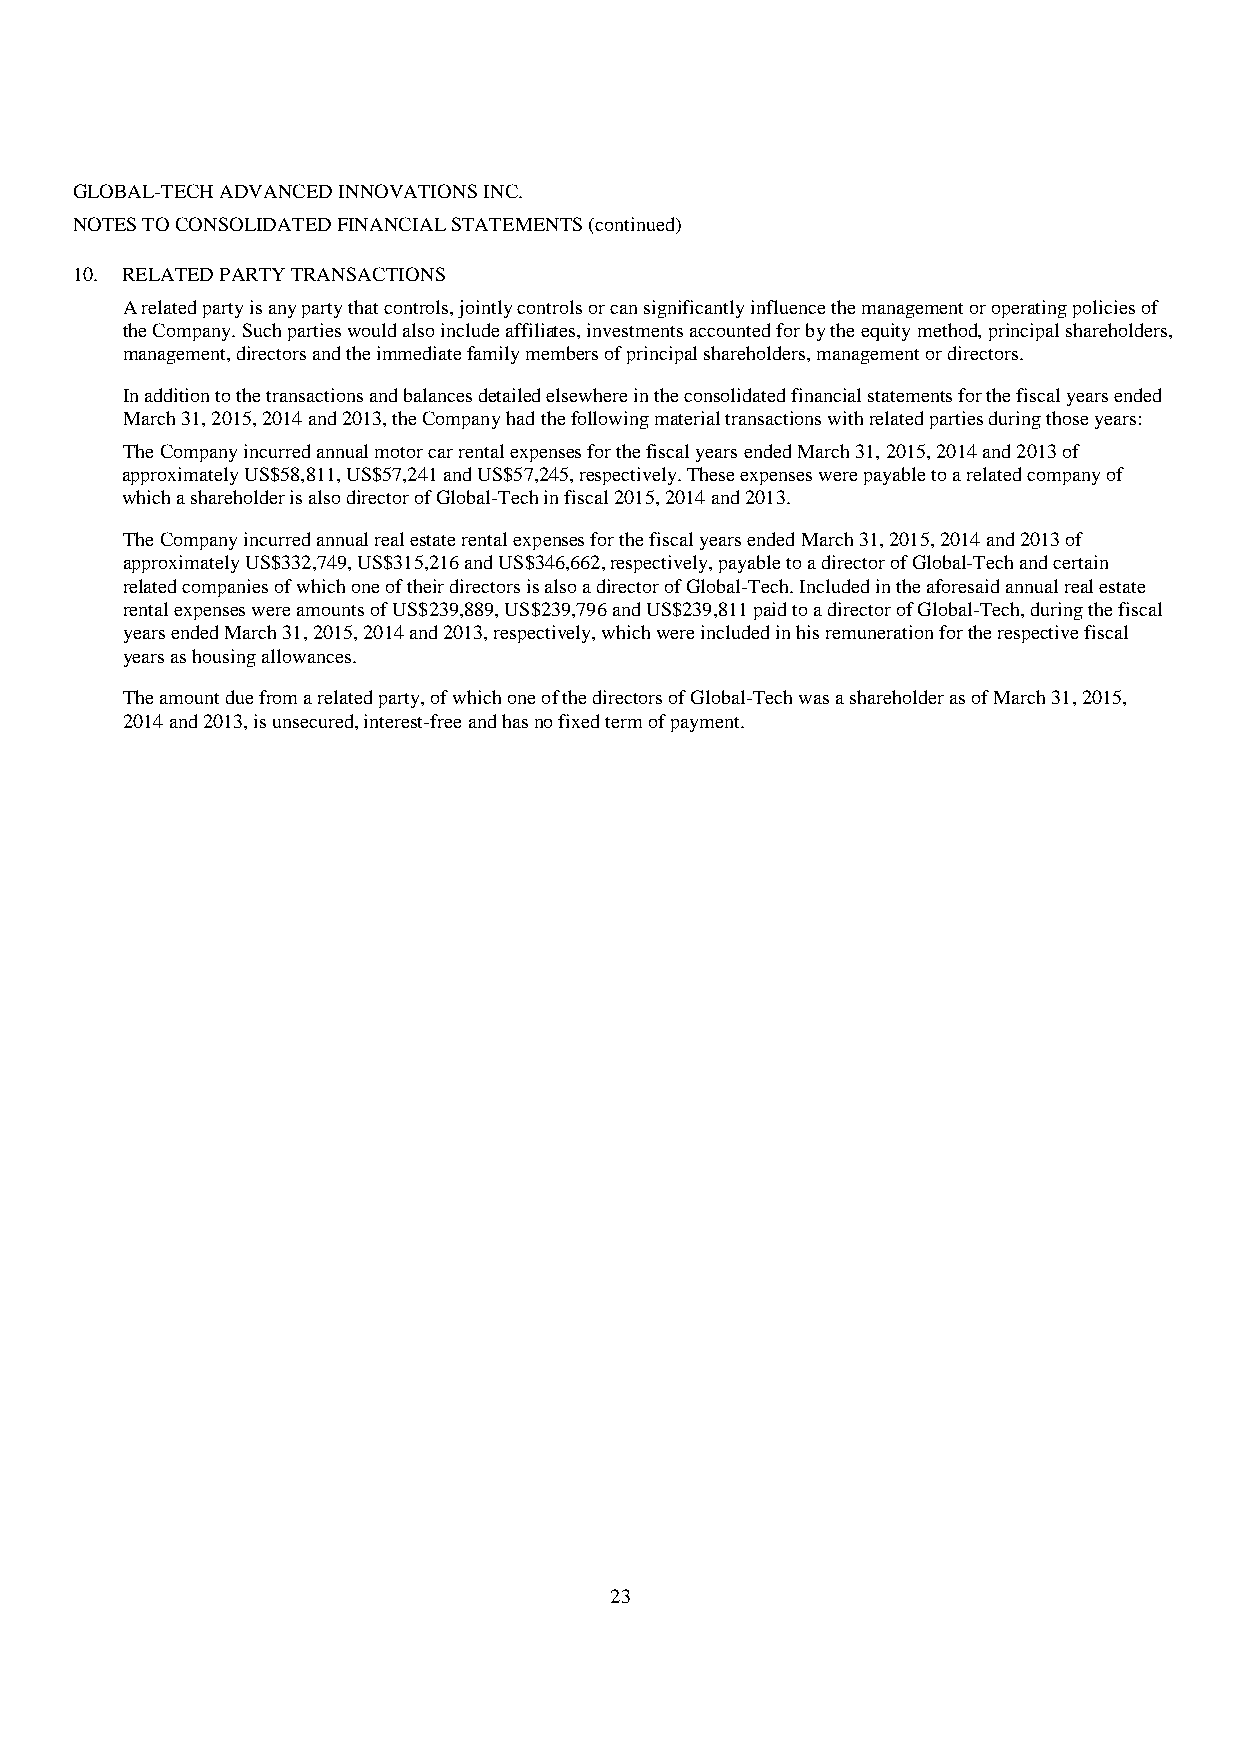
GLOBAL-TECH ADVANCED INNOVATIONS INC.
 NOTES TO CONSOLIDATED FINANCIAL STATEMENTS (continued)
 10. RELATED PARTY TRANSACTIONS
 A related party is any party that controls, jointly controls or can significantly influence the management or operating policies of
 the Company. Such parties would also include affiliates, investments accounted for by the equity method, principal shareholders,
 management, directors and the immediate family members of principal shareholders, management or directors.
 In addition to the transactions and balances detailed elsewhere in the consolidated financial statements for the fiscal years ended
 March 31, 2015, 2014 and 2013, the Company had the following material transactions with related parties during those years:
 The Company incurred annual motor car rental expenses for the fiscal years ended March 31, 2015, 2014 and 2013 of
 approximately US$58,811, US$57,241 and US$57,245, respectively. These expenses were payable to a related company of
 which a shareholder is also director of Global-Tech in fiscal 2015, 2014 and 2013.
 The Company incurred annual real estate rental expenses for the fiscal years ended March 31, 2015, 2014 and 2013 of
 approximately US$332,749, US$315,216 and US$346,662, respectively, payable to a director of Global-Tech and certain
 related companies of which one of their directors is also a director of Global-Tech. Included in the aforesaid annual real estate
 rental expenses were amounts of US$239,889, US$239,796 and US$239,811 paid to a director of Global-Tech, during the fiscal
 years ended March 31, 2015, 2014 and 2013, respectively, which were included in his remuneration for the respective fiscal
 years as housing allowances.
 The amount due from a related party, of which one of the directors of Global-Tech was a shareholder as of March 31, 2015,
 2014 and 2013, is unsecured, interest-free and has no fixed term of payment.
 23